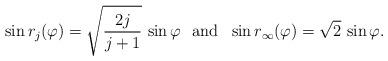
LaTeX: \begin{align*}\sin r_j(\varphi)=\sqrt{\frac{2j}{j+1}}\,\sin\varphi\mbox{ \ and \ }\sin r_\infty(\varphi)=\sqrt{2}\,\sin\varphi.\end{align*}